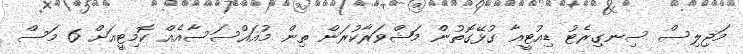
މަޖިލިސް ސިނގިރެޓު ޑިއުޓީއާ ގުޅޭގޮތުން މަޝްވަރާކުރަން ތިން މުއައްސަސާއެއް ކޮމިޓީއަށް 6 މަސް